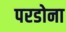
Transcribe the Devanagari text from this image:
परडोना